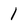
Character: 1